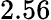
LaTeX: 2.56